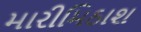
મારીમિઠાશ